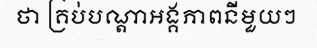
ថា គ្រប់បណ្តាអង្គភាពនីមួយៗ